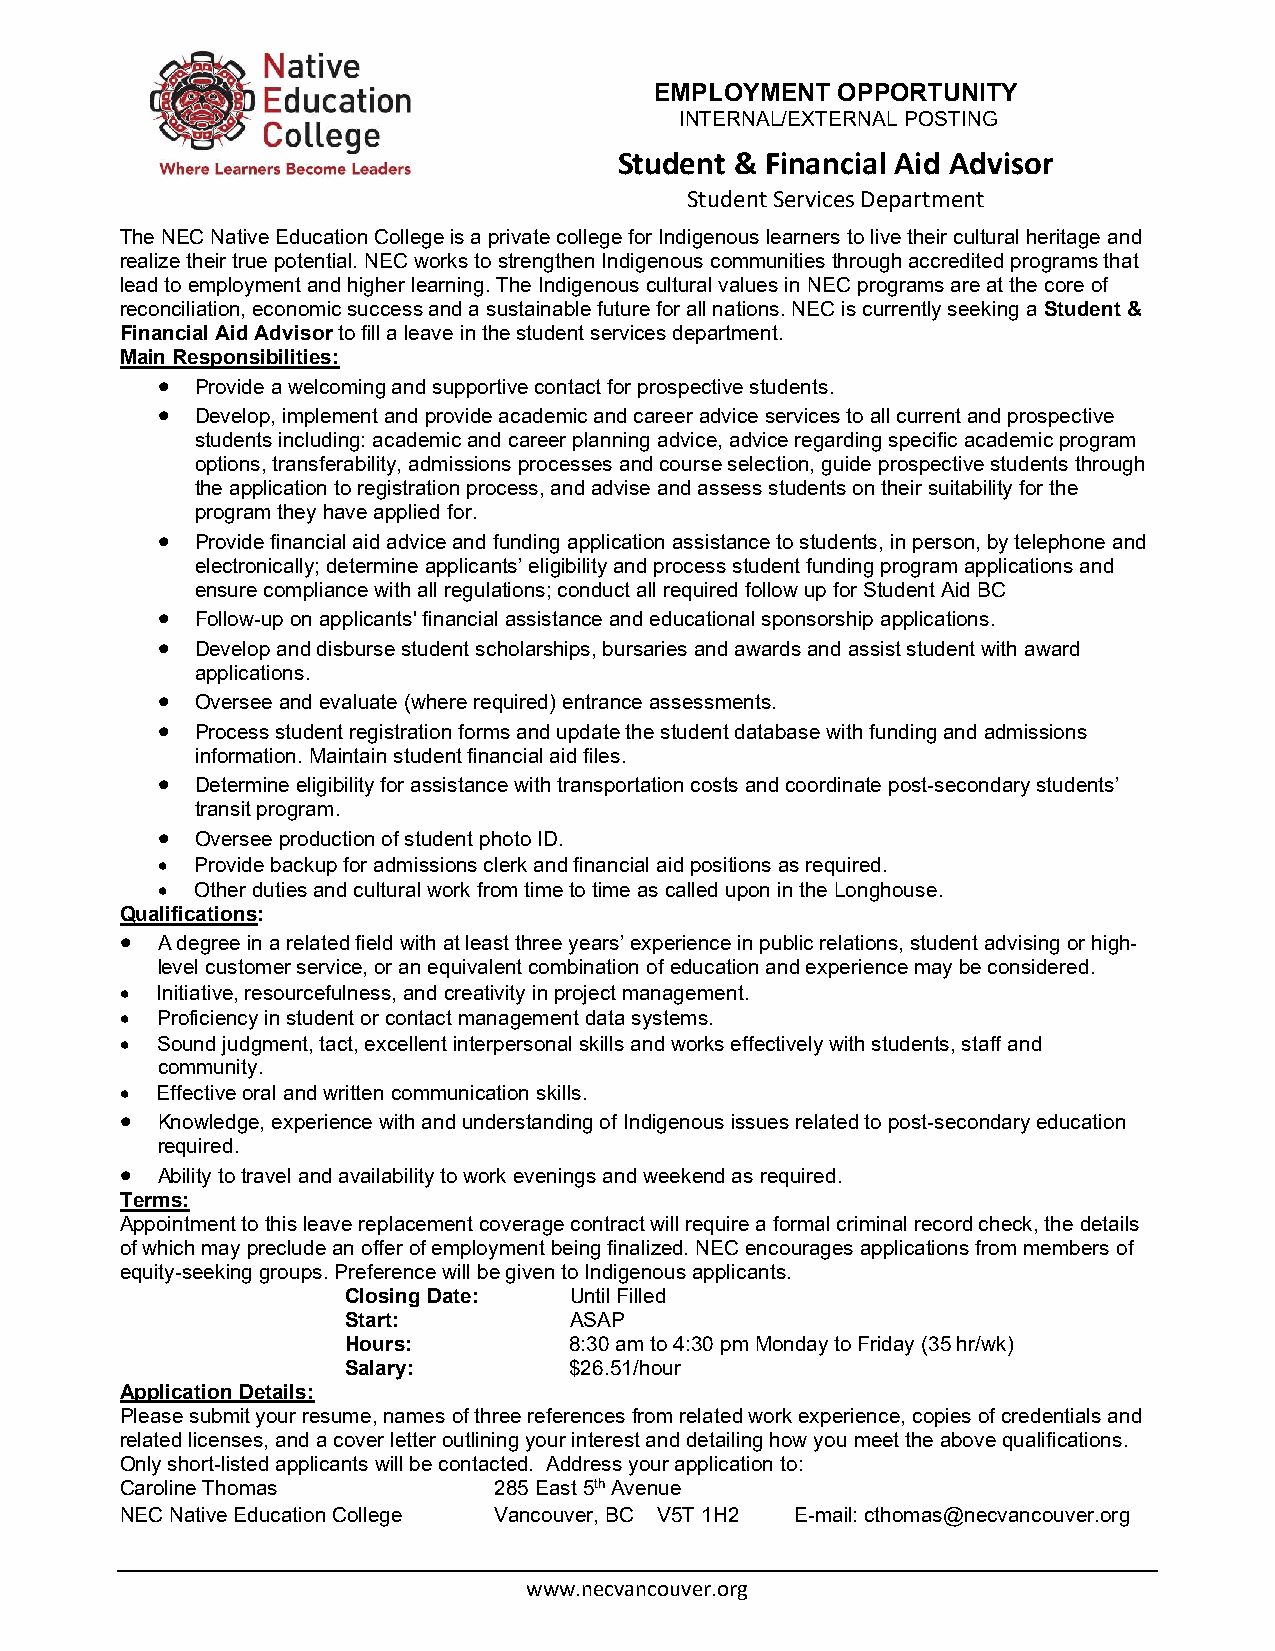
EMPLOYMENT  OPPORTUNITY
 INTERNAL/EXTERNAL POSTING
 Student & Financial Aid Advisor
 Student Services Department
 The NEC Native Education College is a private college for Indigenous learners to live their cultural heritage and
 realize their true potential. NEC works to strengthen Indigenous communities through accredited programs that
 lead to employment and higher learning. The Indigenous cultural values in NEC programs are at the core of
 reconciliation, economic success and a sustainable future for all nations. NEC is currently seeking a Student &
 Financial Aid Advisor to fill a leave in the student services department.
 Main Responsibilities:
   Provide a welcoming and supportive contact for prospective students.
   Develop, implement and provide academic and career advice services to all current and prospective
 students including: academic and career planning advice, advice regarding specific academic program
 options, transferability, admissions processes and course selection, guide prospective students through
 the application to registration process, and advise and assess students on their suitability for the
 program they have applied for.
   Provide financial aid advice and funding application assistance to students, in person, by telephone and
 electronically; determine applicants’ eligibility and process student funding program applications and
 ensure compliance with all regulations; conduct all required follow up for Student Aid BC
   Follow-up on applicants' financial assistance and educational sponsorship applications.
   Develop and disburse student scholarships, bursaries and awards and assist student with award
 applications.
   Oversee and evaluate (where required) entrance assessments.
   Process student registration forms and update the student database with funding and admissions
 information. Maintain student financial aid files.
   Determine eligibility for assistance with transportation costs and coordinate post-secondary students’
 transit program.
   Oversee production of student photo ID.
   Provide backup for admissions clerk and financial aid positions as required.
   Other duties and cultural work from time to time as called upon in the Longhouse.
 Qualifications:
  A degree in a related field with at least three years’ experience in public relations, student advising or high-
 level customer service, or an equivalent combination of education and experience may be considered.
  Initiative, resourcefulness, and creativity in project management.
  Proficiency in student or contact management data systems.
  Sound judgment, tact, excellent interpersonal skills and works effectively with students, staff and
 community.
  Effective oral and written communication skills.
  Knowledge, experience with and understanding of Indigenous issues related to post-secondary education
 required.
  Ability to travel and availability to work evenings and weekend as required.
 Terms:
 Appointment to this leave replacement coverage contract will require a formal criminal record check, the details
 of which may preclude an offer of employment being finalized. NEC encourages applications from members of
 equity-seeking groups. Preference will be given to Indigenous applicants.
 Closing Date:  Until Filled
 Start:         ASAP
 Hours:         8:30 am to 4:30 pm Monday to Friday (35 hr/wk)
 Salary:        $26.51/hour
 Application Details:
 Please submit your resume, names of three references from related work experience, copies of credentials and
 related licenses, and a cover letter outlining your interest and detailing how you meet the above qualifications.
 Only short-listed applicants will be contacted. Address your application to:
 Caroline Thomas          285 East 5th Avenue
 NEC Native Education College Vancouver, BC V5T 1H2 E-mail: cthomas@necvancouver.org
 www.necvancouver.org